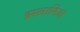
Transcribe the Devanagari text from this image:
इस्लामिआ